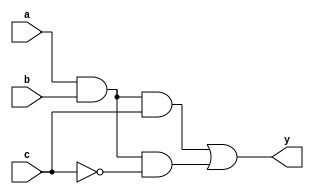
module trivial1 (
  output reg y,
  input a, b, c
);

always @(*) begin
  y = ((a & b) & c) | ((a & b) & ~c);
end
endmodule